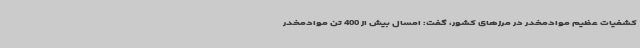
کشفیات عظیم موادمخدر در مرزهای کشور، گفت: امسال بیش از 400 تن موادمخدر